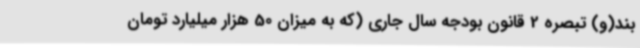
بند(و) تبصره 2 قانون بودجه سال جاری (که به میزان 50 هزار میلیارد تومان